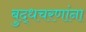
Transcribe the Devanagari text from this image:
बुद्धचरणांना